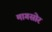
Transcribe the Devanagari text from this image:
मागसोर